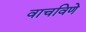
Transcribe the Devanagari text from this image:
वाचविणे